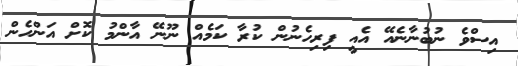
އިސްވެ ނުބުނާނެއޭ އެއީ ފިރިހެނުން ކުރާ ކަމެއް ނޫނޭ އާންމު ކޮށް އަންހެން